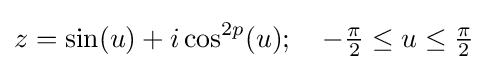
z=\sin(u)+i\cos ^{2p}(u);\quad -{\tfrac {\pi }{2}}\leq u\leq {\tfrac {\pi }{2}}